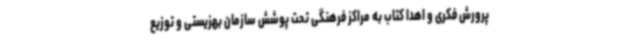
پرورش فکری و اهدا کتاب به مراکز فرهنگی تحت پوشش سازمان بهزیستی و توزیع